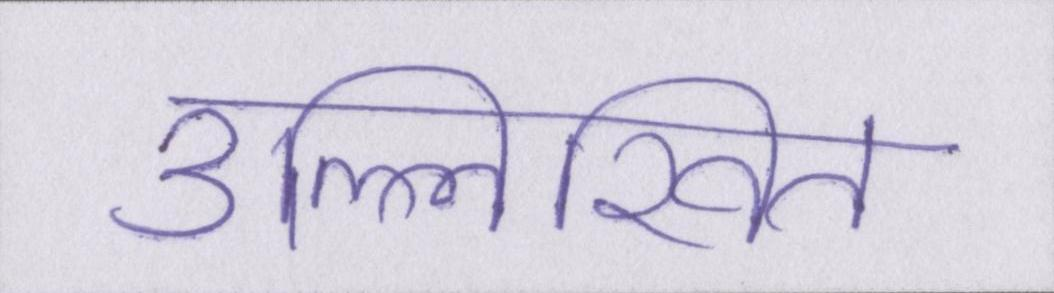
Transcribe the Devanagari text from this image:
उल्लिखित